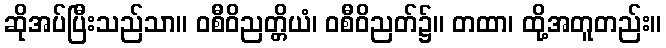
ဆိုအပ်ပြီးသည်သာ။ ဝစီဝိညတ္တိယံ၊ ဝစီဝိညတ်၌။ တထာ၊ ထို့အတူတည်း။